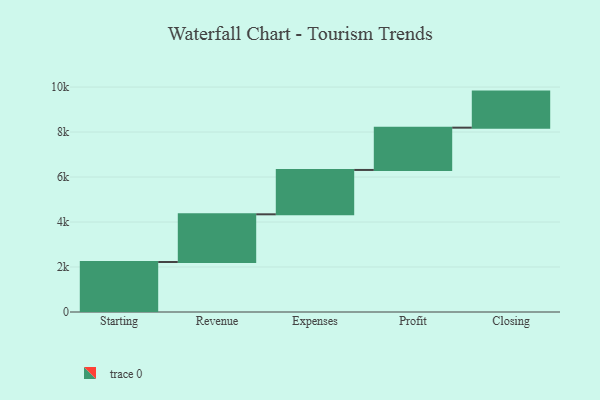
{"axis": {"x": "Step", "y": "Value"}, "legend": [""], "data": [{"x": "Starting", "y": 2222.0, "type": ""}, {"x": "Revenue", "y": 2121.0, "type": ""}, {"x": "Expenses", "y": 1972.0, "type": ""}, {"x": "Profit", "y": 1880.0, "type": ""}, {"x": "Closing", "y": 1603.0, "type": ""}]}